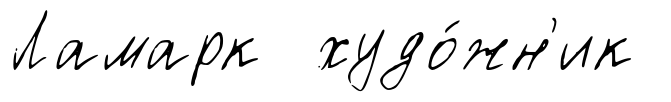
Ламарк худо́жн'ик